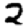
Digit: 2